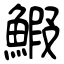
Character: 鰕